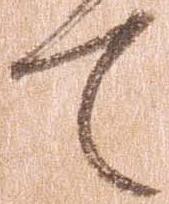
て